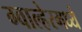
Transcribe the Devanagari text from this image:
ग्वाल्हेरमध्ये